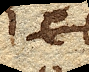
eb